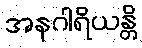
အနဂါရိယန္တိ